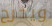
ويخرج